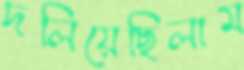
দলিয়েছিলাম